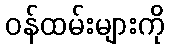
ဝန်ထမ်းများကို